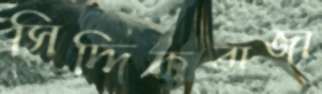
সিদ্দিকবাজা